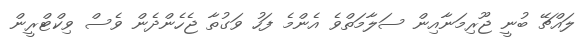
ލައްޗޭ ބުނީ ޖޫރިމަނާއިން ސަލާމަތްވެ އެންމެ ފަހު ވަގުތާ ޖެހެންދެން ވެސް ވިކްޓްރީން